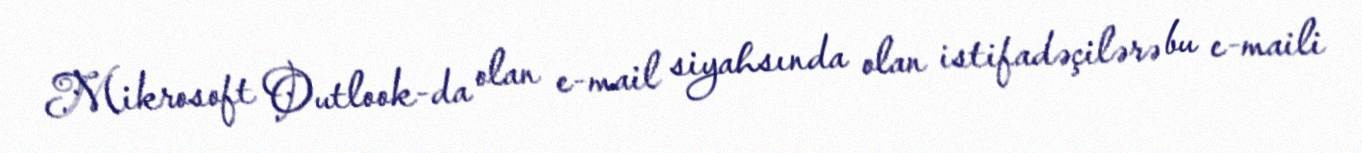
Mikrosoft Outlook-da olan e-mail siyahsında olan istifadəçilərə bu e-maili